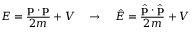
E = { \frac { \mathbf { p } \cdot \mathbf { p } } { 2 m } } + V \quad \rightarrow \quad { \hat { E } } = { \frac { { \hat { \mathbf { p } } } \cdot { \hat { \mathbf { p } } } } { 2 m } } + V